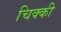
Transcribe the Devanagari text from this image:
चिक्‍की